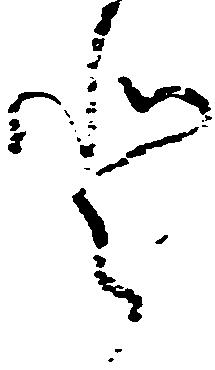
登